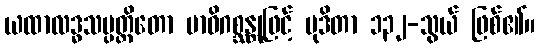
ယထာလဒ္ဓသမ္ပတ္တိတော မာဝိဂစ္ဆန္တုဖြင့် မုဒိတာ ၁၃၂-သွယ် ဖြစ်၏။